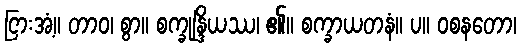
ငြားအံ့။ တာဝ၊ စွာ။ စက္ခုန္ဒြိယဿ၊ ၏။ စက္ခာယတနံ။ ပ။ ဝစနတော၊